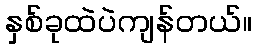
နှစ်ခုထဲပဲကျန်တယ်။